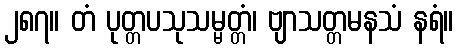
၂၈၇။ တံ ပုတ္တပသုသမ္မတ္တံ၊ ဗျာသတ္တမနသံ နရံ။